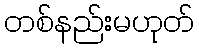
တစ်နည်းမဟုတ်